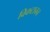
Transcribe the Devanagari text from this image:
विकटानन